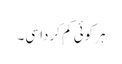
ہر کوئی کم کردا سی۔